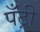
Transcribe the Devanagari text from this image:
पँट्री